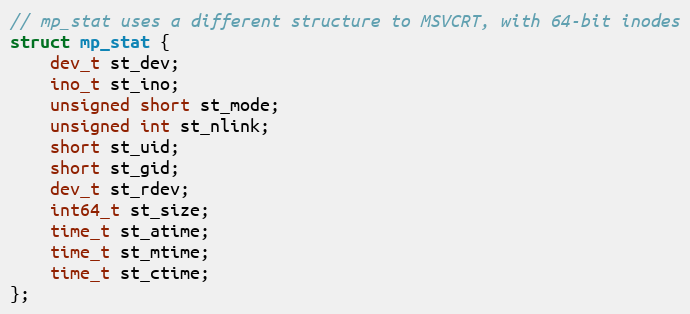
Language: C
// mp_stat uses a different structure to MSVCRT, with 64-bit inodes
struct mp_stat {
    dev_t st_dev;
    ino_t st_ino;
    unsigned short st_mode;
    unsigned int st_nlink;
    short st_uid;
    short st_gid;
    dev_t st_rdev;
    int64_t st_size;
    time_t st_atime;
    time_t st_mtime;
    time_t st_ctime;
};